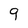
Character: 9